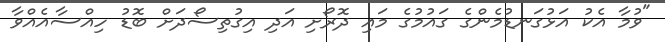
"ވުމާ އެކު އަޅުގަނޑުމެންގެ ގައުމުގެ މައި ދޮރޯށި އަދި އިގުތިސޯދަށް ބޮޑު ހިއްސާއެއްވާ